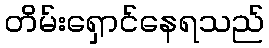
တိမ်းရှောင်နေရသည်